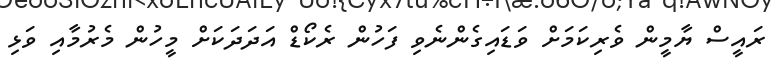
ރައީސް ޔާމީން ވެރިކަމަށް ވަޑައިގެންނެވި ފަހުން ރެކޯޑް އަދަދަކަށް މީހުން މެރުމާއި ވަޅި